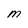
Character: M